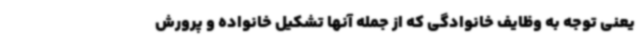
یعنی توجه به وظایف خانوادگی که از جمله آنها تشکیل خانواده و پرورش